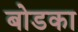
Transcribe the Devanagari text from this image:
बोडका